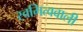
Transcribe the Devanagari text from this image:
स्वमित्ववाली